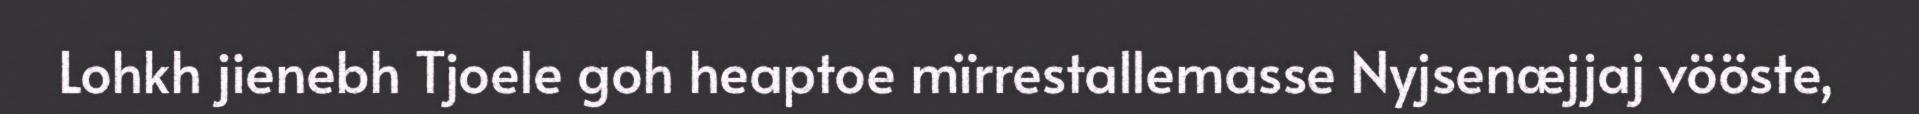
Lohkh jienebh Tjoele goh heaptoe mïrrestallemasse Nyjsenæjjaj vööste,